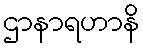
ဌာနာရဟာနိ